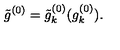
\tilde { g } ^ { ( 0 ) } = \tilde { g } _ { k } ^ { ( 0 ) } ( g _ { k } ^ { ( 0 ) } ) .